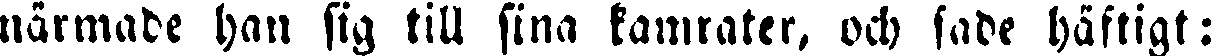
närmade han sig till sina kamrater, och sade häftigt: